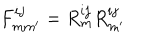
LaTeX: F _ { m m ^ { \prime } } ^ { i j } = R _ { m } ^ { i j } R _ { m ^ { \prime } } ^ { i j }